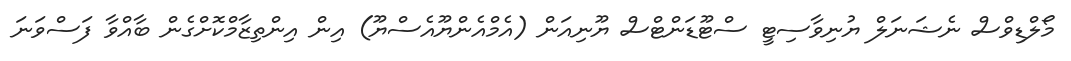
މޯލްޑިވްސް ނެޝަނަލް ޔުނިވާސިޓީ ސްޓޫޑަންޓްސް ޔޫނިއަން (އެމްއެންޔޫއެސްޔޫ) އިން އިންތިޒާމްކޮށްގެން ބާއްވާ ފަސްވަނަ